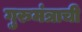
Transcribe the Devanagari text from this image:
गुरुमंत्राची